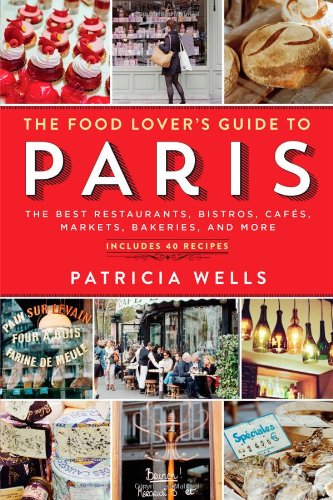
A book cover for The Food Lover's Guide to Paris: The Best Restaurants, Bistros, CafÃ©s, Markets, Bakeries, and More; Patricia Wells; Cookbooks, Food & Wine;